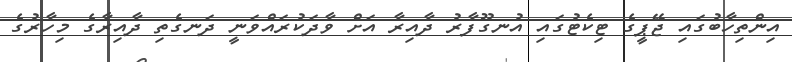
އިންތިހާބުގައި ޖޭޕީގެ ޓިކެޓުގައި އުނގޫފާރު ދާއިރާ އަށް ވާދަކުރައްވަނީ ދަނގެތި ދާއިރާގެ މިހާރުގެ